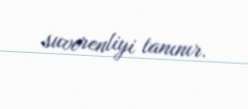
suverenliyi tanınır.